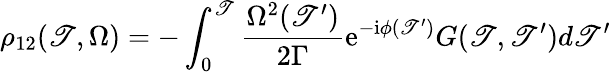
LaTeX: \rho_{12}(\mathscr{T},\Omega)=-\int_{0}^{\mathscr{T}}\frac{{\Omega^{2}(\mathscr{T}^{\prime})}}{{2\Gamma}}\mathrm{{e}}^{-\mathrm{{i}}\phi(\mathscr{T}^{\prime})}G(\mathscr{T},\mathscr{T}^{\prime})d\mathscr{T}^{\prime}